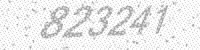
Solution: 823241